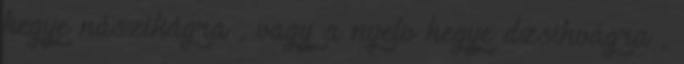
hegye nászikágra , vagy a nyelv hegye dzsihvágra ,